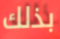
بذلك